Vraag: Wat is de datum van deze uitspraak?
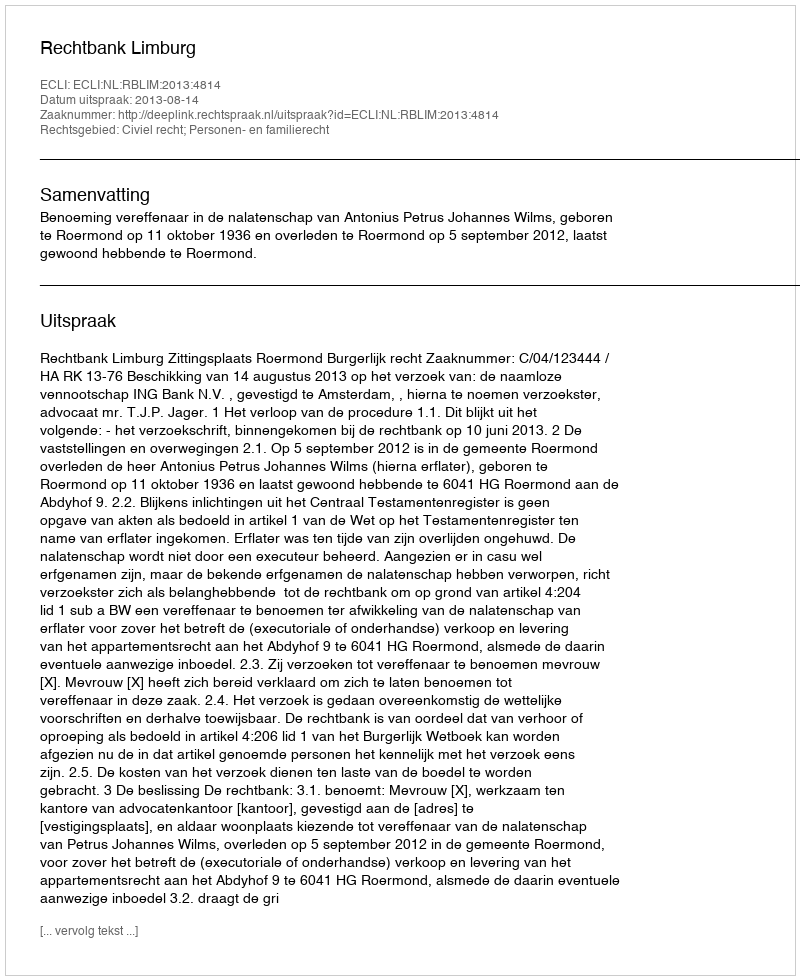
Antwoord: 2013-08-14